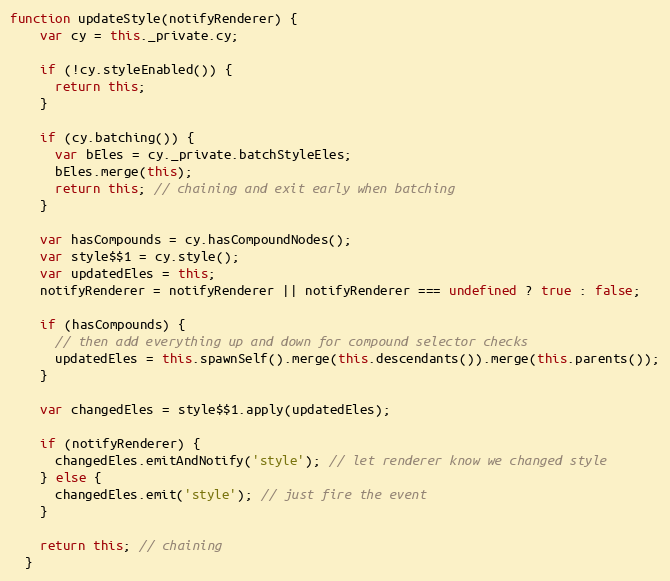
Language: JavaScript
function updateStyle(notifyRenderer) {
    var cy = this._private.cy;

    if (!cy.styleEnabled()) {
      return this;
    }

    if (cy.batching()) {
      var bEles = cy._private.batchStyleEles;
      bEles.merge(this);
      return this; // chaining and exit early when batching
    }

    var hasCompounds = cy.hasCompoundNodes();
    var style$$1 = cy.style();
    var updatedEles = this;
    notifyRenderer = notifyRenderer || notifyRenderer === undefined ? true : false;

    if (hasCompounds) {
      // then add everything up and down for compound selector checks
      updatedEles = this.spawnSelf().merge(this.descendants()).merge(this.parents());
    }

    var changedEles = style$$1.apply(updatedEles);

    if (notifyRenderer) {
      changedEles.emitAndNotify('style'); // let renderer know we changed style
    } else {
      changedEles.emit('style'); // just fire the event
    }

    return this; // chaining
  }